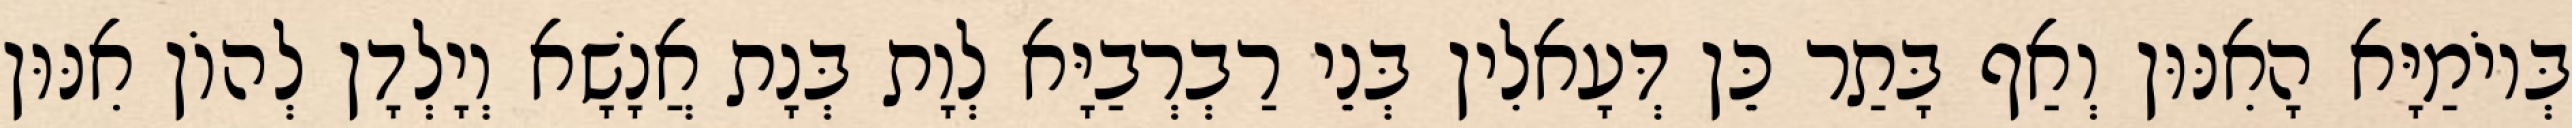
בְּיוֹמַיָּא הָאִנּוּן וְאַף בָּתַר כֵּן דְּעָאלִין בְּנֵי רַבְרְבַיָּא לְוָת בְּנָת אֲנָשָׁא וְיָלְדָן לְהוֹן אִנּוּן